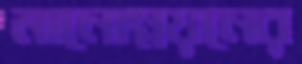
মানোন্নয়নের